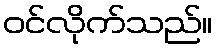
ဝင်လိုက်သည်။